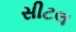
સીટલ